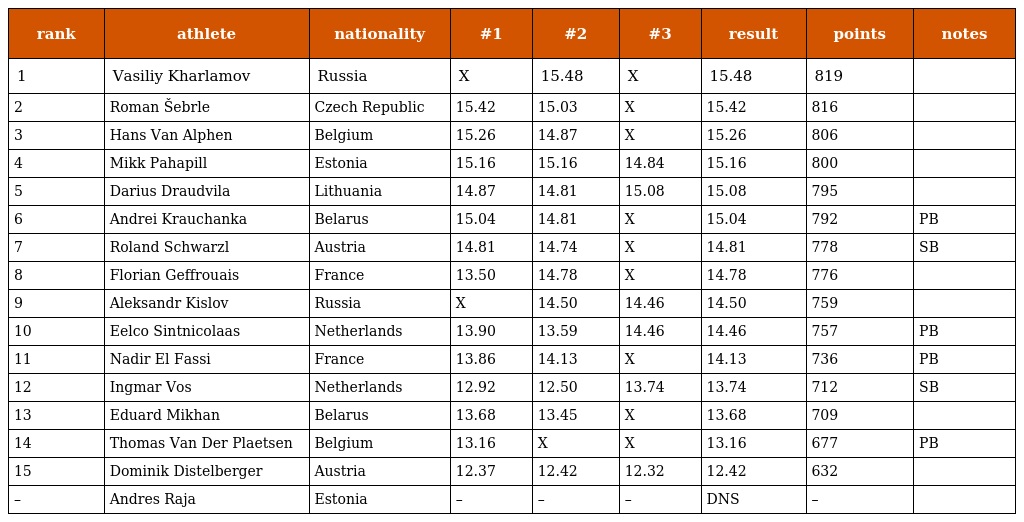
| rank | athlete | nationality | #1 | #2 | #3 | result | points | notes |
 | --- | --- | --- | --- | --- | --- | --- | --- | --- |
 | 1 | Vasiliy Kharlamov | Russia | X | 15.48 | X | 15.48 | 819 |  |
 | 2 | Roman Šebrle | Czech Republic | 15.42 | 15.03 | X | 15.42 | 816 |  |
 | 3 | Hans Van Alphen | Belgium | 15.26 | 14.87 | X | 15.26 | 806 |  |
 | 4 | Mikk Pahapill | Estonia | 15.16 | 15.16 | 14.84 | 15.16 | 800 |  |
 | 5 | Darius Draudvila | Lithuania | 14.87 | 14.81 | 15.08 | 15.08 | 795 |  |
 | 6 | Andrei Krauchanka | Belarus | 15.04 | 14.81 | X | 15.04 | 792 | PB |
 | 7 | Roland Schwarzl | Austria | 14.81 | 14.74 | X | 14.81 | 778 | SB |
 | 8 | Florian Geffrouais | France | 13.50 | 14.78 | X | 14.78 | 776 |  |
 | 9 | Aleksandr Kislov | Russia | X | 14.50 | 14.46 | 14.50 | 759 |  |
 | 10 | Eelco Sintnicolaas | Netherlands | 13.90 | 13.59 | 14.46 | 14.46 | 757 | PB |
 | 11 | Nadir El Fassi | France | 13.86 | 14.13 | X | 14.13 | 736 | PB |
 | 12 | Ingmar Vos | Netherlands | 12.92 | 12.50 | 13.74 | 13.74 | 712 | SB |
 | 13 | Eduard Mikhan | Belarus | 13.68 | 13.45 | X | 13.68 | 709 |  |
 | 14 | Thomas Van Der Plaetsen | Belgium | 13.16 | X | X | 13.16 | 677 | PB |
 | 15 | Dominik Distelberger | Austria | 12.37 | 12.42 | 12.32 | 12.42 | 632 |  |
 | – | Andres Raja | Estonia | – | – | – | DNS | – |  |